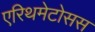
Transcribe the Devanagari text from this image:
एरिथमेटोसस